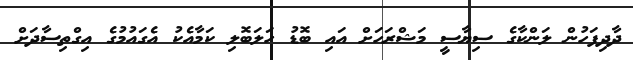
ދާދިފަހުން ލަންކާގެ ސިޔާސީ މަޝްރަހަށް އައި ބޮޑު ހަލަބޮލި ކަމާއެކު އެގައުމުގެ އިގްތިސާދަށް